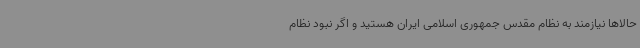
حالاها نیازمند به نظام مقدس جمهوری اسلامی ایران هستید و اگر نبود نظام